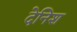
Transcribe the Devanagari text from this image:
देनिश